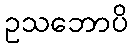
ဥသဘောပိ